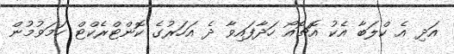
އަދި އެ ކްލަބާ އެކު އޮޗޮއޯ ހަދާފައިވާ ދެ އަހަރުގެ ކޮންޓްރެކްޓް ހަމަވުމުން